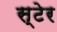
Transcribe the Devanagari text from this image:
स्टेर